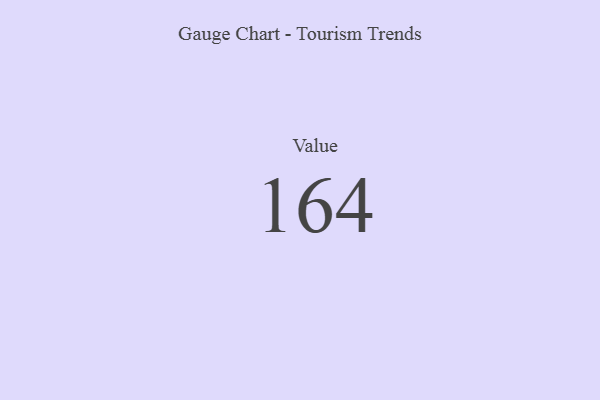
{"axis": {"x": "Metric", "y": "Value"}, "legend": [""], "data": [{"x": "Value", "y": 164, "type": ""}]}